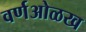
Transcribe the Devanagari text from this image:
वर्णओळख